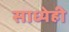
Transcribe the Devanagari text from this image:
साध्येही